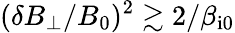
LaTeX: (\delta B_{\perp}/B_{0})^{2}\gtrsim 2/\beta_{\mathrm{i0}}